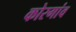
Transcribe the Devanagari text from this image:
कोरगांव